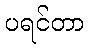
ပရင်တာ